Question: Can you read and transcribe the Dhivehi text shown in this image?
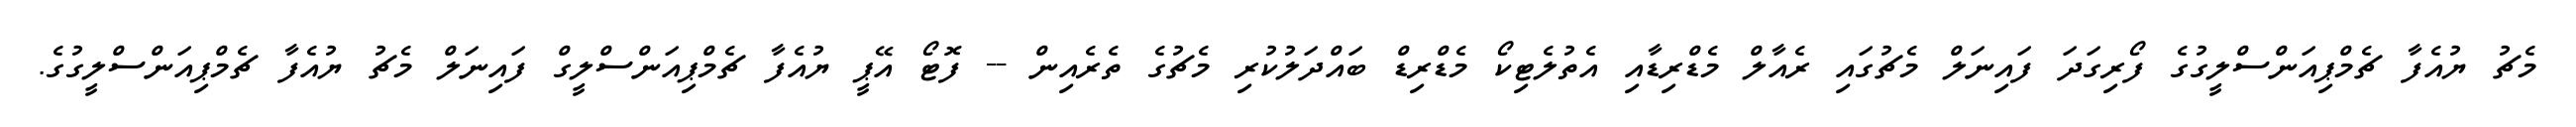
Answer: މެޗު ޔުއެފާ ޗެމްޕިއަންސްލީގުގެ ފޯރިގަދަ ފައިނަލް މެޗުގައި ރެއާލް މެޑްރިޑާއި އެތުލެޓިކޯ މެޑްރިޑް ބައްދަލުކުރި މެޗުގެ ތެރެއިން -- ފޮޓޯ އޭޕީ ޔުއެފާ ޗެމްޕިއަންސްލީގް ފައިނަލް މެޗު ޔުއެފާ ޗެމްޕިއަންސްލީގުގެ.